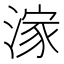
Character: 𣺊